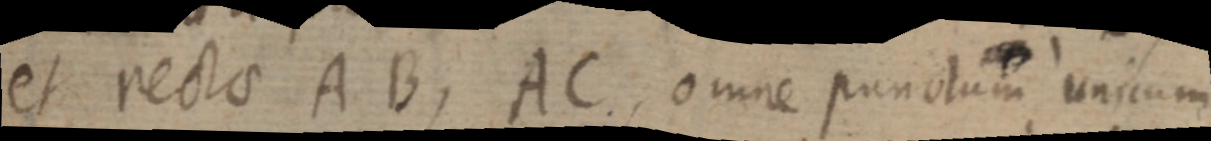
et rectae AB, AC, omne punctum unicum